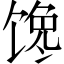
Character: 馋